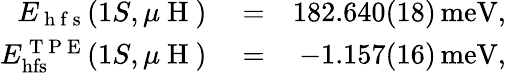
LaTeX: \begin{array}{rlr}{E_{\mathrm{~h~f~s~}}(1S,\mu\mathrm{~H~})}&{{}=}&{182.640(18)\, \mathrm{meV},}\\ {E_{\mathrm{hfs}}^{\mathrm{~T~P~E~}}(1S,\mu\mathrm{~H~})}&{{}=}&{-1.157(16)\, \mathrm{meV},}\end{array}